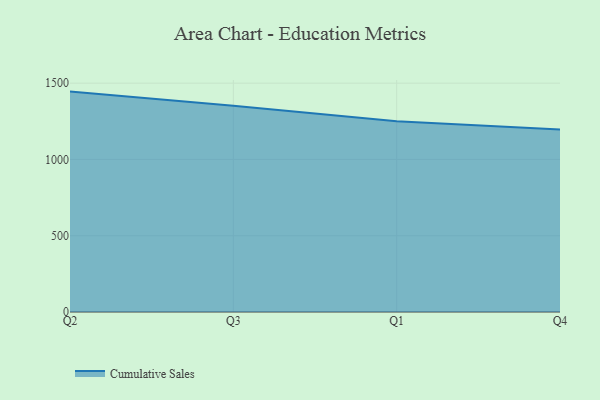
{"axis": {"x": "Quarter", "y": "Waste Production (Tons)"}, "legend": ["Cumulative Sales"], "data": [{"x": "Q2", "y": 1444.7, "type": "Cumulative Sales"}, {"x": "Q3", "y": 1352.1, "type": "Cumulative Sales"}, {"x": "Q1", "y": 1250.4, "type": "Cumulative Sales"}, {"x": "Q4", "y": 1196.0, "type": "Cumulative Sales"}]}